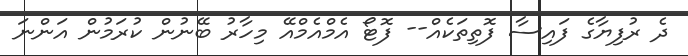
ދެ ރުފިޔާގެ ފައިސާ ފޮތިތަކެއް-- ފޮޓޯ އެމްއެމްއޭ މިހާރު ބޭނުން ކުރަމުން އަންނަ